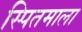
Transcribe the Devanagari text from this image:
स्पितमाला